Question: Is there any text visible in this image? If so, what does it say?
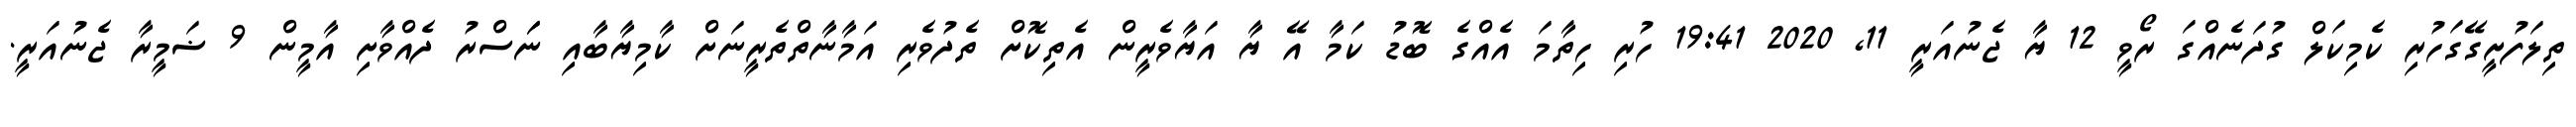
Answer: ތިލަފުށީގޭގަހުރި ކެމިކަލް ގުދަނެއްގަ ރޯވީ 12 ޔާ ޖެނުއަރީ 11, 2020 19:41 ހުރި ހިތާމަ އެއްގެ ބޮޑު ކަމާ އޭ ޔާ އަޔާވެރީން އެތިކޮށް ތެދުވެރި އަމާނާތްތެރީނަށް ކާމިޔާބާއި ނަަސްރު ދެއްވާށި އާމީން 9 ޟަމީރާ ޖެނުއަރީ.